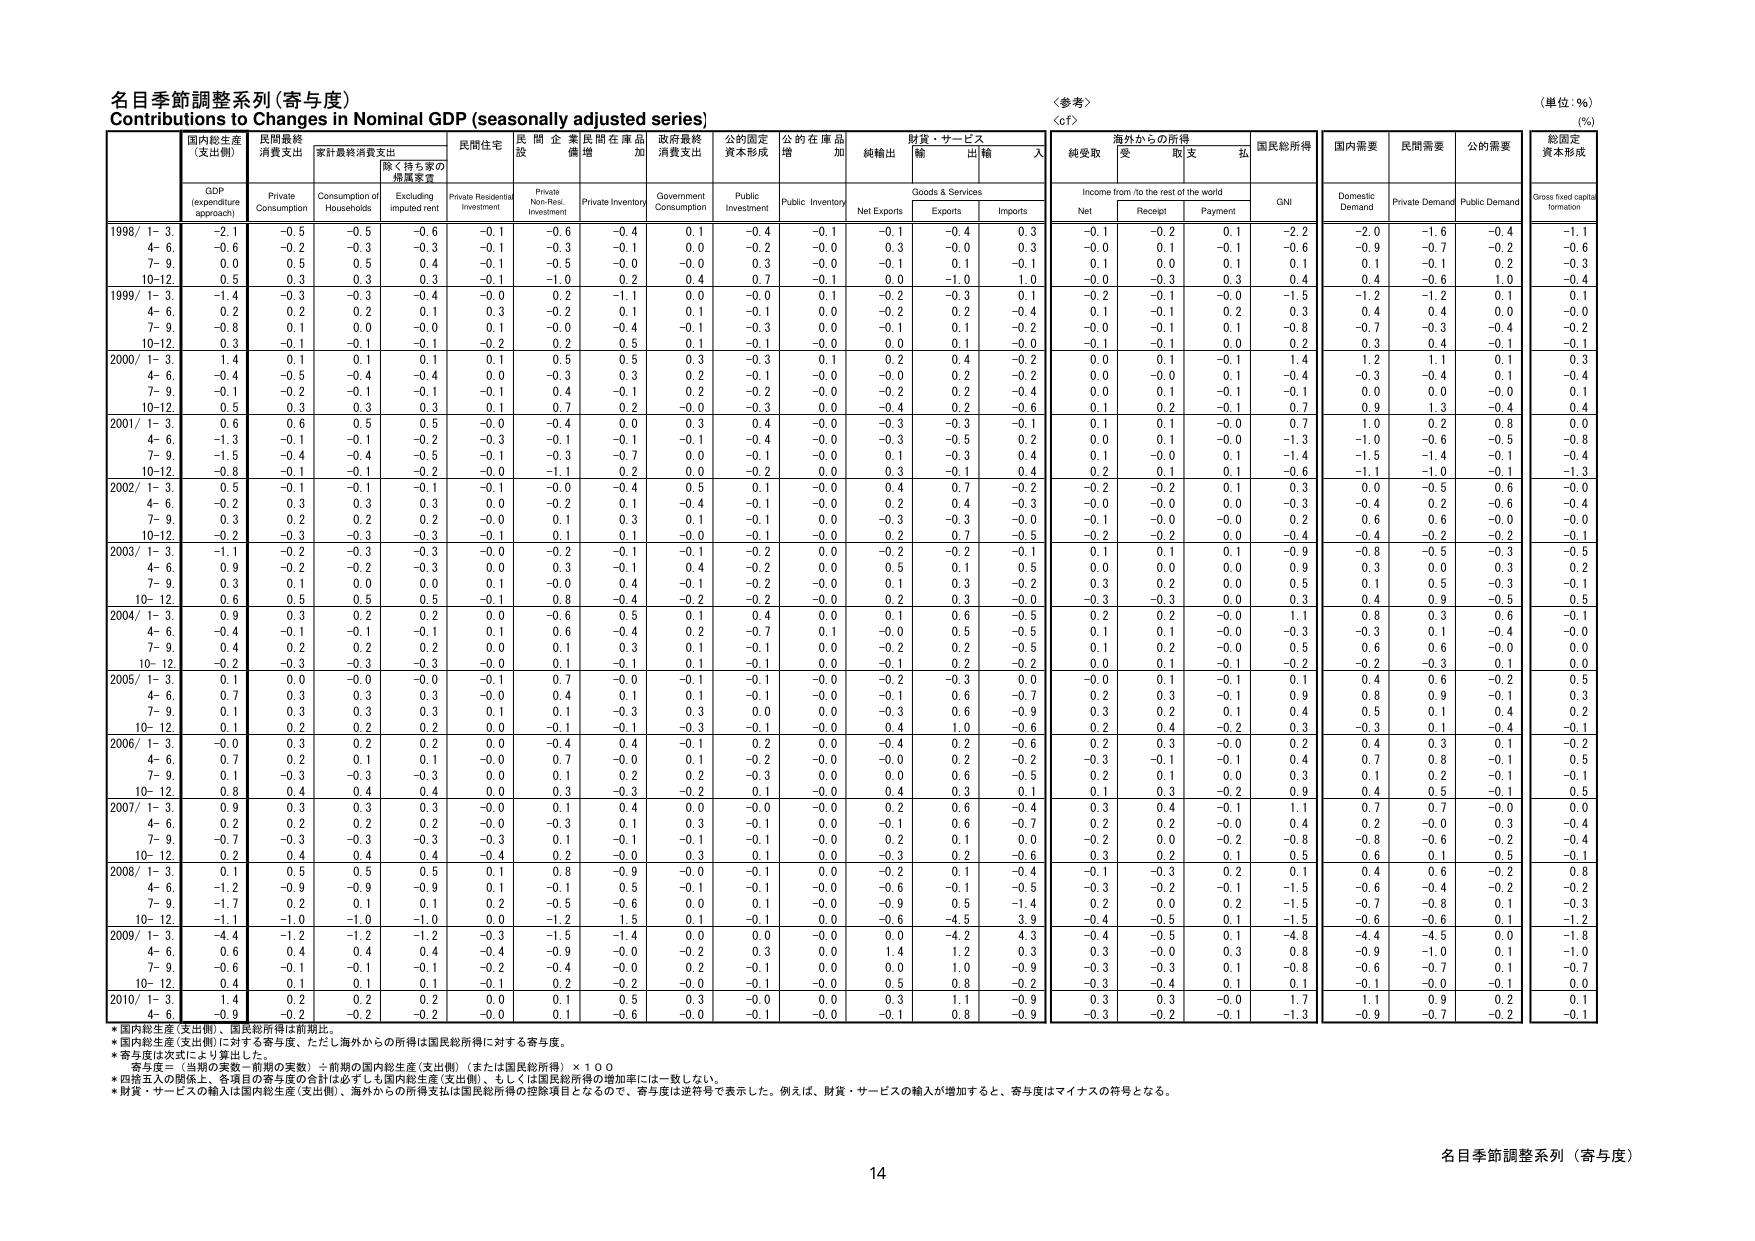
名目季節調整系列（寄与度）
Contributions to Changes in Nominal GDP (seasonally adjusted series)
〈参考〉
〈cf〉
（単位：%）
(%)

国内総生産
(支出側)
民間最終
消費支出
家計最終消費支出
民間住宅
民間企業
設備増
民間在庫品
増加
政府最終
消費支出
公的固定
資本形成
公的在庫品
増加
純輸出
財貨・サービス
輸出
輸入
純受取
海外からの所得
受取
支払
国民総所得
国内需要
民間需要
公的需要
総固定
資本形成

GDP
(expenditure
approach)
Private
Consumption
Consumption of
Households
Excluding
imputed rent
Private Residential
Investment
Private Non-Res.
Investment
Private Inventory
Government
Consumption
Public
Investment
Public Inventory
Net Exports
Goods & Services
Exports
Imports
Income from /to the rest of the world
Net
Receipt
Payment
GNI
Domestic
Demand
Private Demand
Public Demand
Gross fixed capital
formation

1998/ 1- 3.
-2.1
-0.5
-0.5
-0.6
-0.1
-0.6
-0.4
0.1
-0.4
-0.1
-0.1
-0.4
0.3
-0.1
-0.2
0.1
-2.2
-2.0
-1.6
-0.4
-1.1
4- 6.
-0.6
-0.2
-0.3
-0.3
-0.1
-0.3
-0.1
0.0
-0.2
-0.0
0.3
-0.0
0.3
-0.0
0.1
-0.1
-0.6
-0.9
-0.7
-0.2
-0.6
7- 9.
0.0
0.5
0.5
0.4
-0.1
-0.5
-0.0
-0.0
0.3
-0.0
-0.1
0.1
-0.1
0.1
0.0
0.1
0.1
0.1
-0.1
0.2
-0.3
10-12.
0.5
0.3
0.3
0.3
-0.1
-1.0
0.2
0.4
0.7
-0.1
0.0
-1.0
1.0
-0.0
-0.3
0.3
0.4
0.4
-0.6
1.0
-0.4

1999/ 1- 3.
-1.4
-0.3
-0.3
-0.4
-0.0
0.2
-1.1
0.0
-0.0
0.1
-0.2
-0.3
0.1
-0.2
-0.1
-0.0
-1.5
-1.2
-1.2
0.1
0.1
4- 6.
0.2
0.2
0.2
0.1
0.3
-0.2
0.1
0.1
-0.1
0.0
-0.2
0.2
-0.4
0.1
-0.1
0.2
0.3
0.4
0.4
0.0
-0.0
7- 9.
-0.8
0.1
0.0
-0.0
0.1
-0.0
-0.4
-0.1
-0.3
0.0
-0.1
0.1
-0.2
-0.0
-0.1
0.1
-0.8
-0.7
-0.3
-0.4
-0.2
10-12.
0.3
-0.1
-0.1
-0.1
-0.2
0.2
0.5
0.1
-0.1
-0.0
0.0
0.1
-0.0
-0.1
-0.1
0.0
0.2
0.3
0.4
-0.1
-0.1

2000/ 1- 3.
1.4
0.1
0.1
0.1
0.1
0.5
0.5
0.3
-0.3
0.1
0.2
0.4
-0.2
0.0
0.1
-0.1
1.4
1.2
1.1
0.1
0.3
4- 6.
-0.4
-0.5
-0.4
-0.4
0.0
-0.3
0.3
0.2
-0.1
-0.0
-0.0
0.2
-0.2
0.0
-0.0
0.1
-0.4
-0.3
-0.4
0.1
-0.4
7- 9.
-0.1
-0.2
-0.1
-0.1
-0.1
0.4
-0.1
0.2
-0.2
-0.0
-0.2
0.2
-0.4
0.0
0.1
-0.1
-0.1
0.0
0.0
-0.0
0.1
10-12.
0.5
0.3
0.3
0.3
0.1
0.7
0.2
-0.0
-0.3
0.0
-0.4
0.2
-0.6
0.1
0.2
-0.1
0.7
0.9
1.3
-0.4
0.4

2001/ 1- 3.
0.6
0.6
0.5
0.5
-0.0
-0.4
0.0
0.3
0.4
-0.0
-0.3
-0.3
-0.1
0.1
0.1
-0.0
0.7
1.0
0.2
0.8
0.0
4- 6.
-1.3
-0.1
-0.1
-0.2
-0.3
-0.1
-0.1
-0.1
-0.4
-0.0
-0.3
-0.5
0.2
0.0
0.1
-0.0
-1.3
-1.0
-0.6
-0.5
-0.8
7- 9.
-1.5
-0.4
-0.4
-0.5
-0.1
-0.3
-0.7
0.0
-0.1
-0.0
0.1
-0.3
0.4
0.1
-0.0
0.1
-1.4
-1.5
-1.4
-0.1
-0.4
10-12.
-0.8
-0.1
-0.1
-0.2
-0.0
-1.1
0.2
0.0
-0.2
0.0
0.3
-0.1
0.4
0.2
0.1
0.1
-0.6
-1.1
-1.0
-0.1
-1.3

2002/ 1- 3.
0.5
-0.1
-0.1
-0.1
-0.1
-0.0
-0.4
0.5
0.1
-0.0
0.4
0.7
-0.2
-0.2
-0.2
0.1
0.3
0.0
-0.5
0.6
-0.0
4- 6.
-0.2
0.3
0.3
0.3
0.0
-0.2
0.1
-0.4
-0.1
-0.0
0.2
0.4
-0.3
-0.0
-0.0
0.0
-0.3
-0.4
0.2
-0.6
-0.4
7- 9.
0.3
0.2
0.2
0.2
-0.0
0.1
0.3
0.1
-0.1
0.0
-0.3
-0.3
-0.0
-0.1
-0.0
-0.0
0.2
0.6
0.6
-0.0
-0.0
10-12.
-0.2
-0.3
-0.3
-0.3
-0.1
0.1
0.1
-0.0
-0.1
-0.0
0.2
0.7
-0.5
-0.2
-0.2
0.0
-0.4
-0.4
-0.2
-0.2
-0.1

2003/ 1- 3.
-1.1
-0.2
-0.3
-0.3
-0.0
-0.2
-0.1
-0.1
-0.2
0.0
-0.2
-0.2
-0.1
0.1
0.1
0.1
-0.9
-0.8
-0.5
-0.3
-0.5
4- 6.
0.9
-0.2
-0.2
-0.3
0.0
0.3
-0.1
0.4
-0.2
0.0
0.5
0.1
0.5
0.0
0.0
0.0
0.9
0.3
0.0
0.3
0.2
7- 9.
0.3
0.1
0.0
0.0
0.1
-0.0
0.4
-0.1
-0.2
-0.0
0.1
0.3
-0.2
0.3
0.2
0.0
0.5
0.1
0.5
-0.3
-0.1
10- 12.
0.6
0.5
0.5
0.5
-0.1
0.8
-0.4
-0.2
-0.2
-0.0
0.2
0.3
-0.0
-0.3
-0.3
0.0
0.3
0.4
0.9
-0.5
0.5

2004/ 1- 3.
0.9
0.3
0.2
0.2
0.0
-0.6
0.5
0.1
0.4
0.0
0.1
0.6
-0.5
0.2
0.2
-0.0
1.1
0.8
0.3
0.6
-0.1
4- 6.
-0.4
-0.1
-0.1
-0.1
0.1
0.6
-0.4
0.2
-0.7
0.1
-0.0
0.5
-0.5
0.1
0.1
-0.0
-0.3
-0.3
0.1
-0.4
-0.0
7- 9.
0.4
0.2
0.2
0.2
0.0
0.1
0.3
0.1
-0.1
0.0
-0.2
0.2
-0.5
0.1
0.2
-0.0
0.5
0.6
0.6
-0.0
0.0
10- 12.
-0.2
-0.3
-0.3
-0.3
-0.0
0.1
-0.1
0.1
-0.1
0.0
-0.1
0.2
-0.2
0.0
0.1
-0.1
-0.2
-0.2
-0.3
0.1
0.0

2005/ 1- 3.
0.1
0.0
-0.0
-0.0
-0.1
0.7
-0.0
-0.1
-0.1
-0.0
-0.2
-0.3
0.0
-0.0
0.1
-0.1
0.1
0.4
0.6
-0.2
0.5
4- 6.
0.7
0.3
0.3
0.3
-0.0
0.4
0.1
0.1
-0.1
-0.0
-0.1
0.6
-0.7
0.2
0.3
-0.1
0.9
0.8
0.9
-0.1
0.3
7- 9.
0.1
0.3
0.3
0.3
0.1
0.1
-0.3
0.3
0.0
0.0
-0.3
0.6
-0.9
0.3
0.2
0.1
0.4
0.5
0.1
0.4
0.2
10- 12.
0.1
0.2
0.2
0.2
0.0
-0.1
-0.1
-0.3
-0.1
-0.0
0.4
1.0
-0.6
0.2
0.4
-0.2
0.3
-0.3
0.1
-0.4
-0.1

2006/ 1- 3.
-0.0
0.3
0.2
0.2
0.0
-0.4
0.4
-0.1
0.2
0.0
-0.4
0.2
-0.6
0.2
0.3
-0.0
0.2
0.4
0.3
0.1
-0.2
4- 6.
0.7
0.2
0.1
0.1
-0.0
0.7
-0.0
0.1
-0.2
-0.0
-0.0
0.2
-0.2
-0.3
-0.1
-0.1
0.4
0.7
0.8
-0.1
0.5
7- 9.
0.1
-0.3
-0.3
-0.3
0.0
0.1
0.2
0.2
-0.3
0.0
0.0
0.6
-0.5
0.2
0.1
0.0
0.3
0.1
0.2
-0.1
-0.1
10- 12.
0.8
0.4
0.4
0.4
0.0
0.3
-0.3
-0.2
0.1
-0.0
0.4
0.3
0.1
0.1
0.3
-0.2
0.9
0.4
0.5
-0.1
0.5

2007/ 1- 3.
0.9
0.3
0.3
0.3
-0.0
0.1
0.4
0.0
-0.0
-0.0
0.2
0.6
-0.4
0.3
0.4
-0.1
1.1
0.7
0.7
-0.0
0.0
4- 6.
0.2
0.2
0.2
0.2
-0.0
-0.3
0.1
0.3
-0.1
0.0
-0.1
0.6
-0.7
0.2
0.2
-0.0
0.4
0.2
-0.0
0.3
-0.4
7- 9.
-0.7
-0.3
-0.3
-0.3
-0.3
0.1
-0.1
-0.1
-0.1
-0.0
0.2
0.1
0.0
-0.2
0.0
-0.2
-0.8
-0.8
-0.6
-0.2
-0.4
10- 12.
0.2
0.4
0.4
0.4
-0.4
0.2
-0.0
0.3
0.1
0.0
-0.3
0.2
-0.6
0.3
0.2
0.1
0.5
0.6
0.1
0.5
-0.1

2008/ 1- 3.
0.1
0.5
0.5
0.5
0.1
0.8
-0.9
-0.0
-0.1
0.0
-0.2
0.1
-0.4
-0.1
-0.3
0.2
0.1
0.4
0.6
-0.2
0.8
4- 6.
-1.2
-0.9
-0.9
-0.9
0.1
-0.1
0.5
-0.1
-0.1
-0.0
-0.6
-0.1
-0.5
-0.3
-0.2
-0.1
-1.5
-0.6
-0.4
-0.2
-0.2
7- 9.
-1.7
0.2
0.1
0.1
0.2
-0.5
-0.6
0.0
0.1
-0.0
-0.9
0.5
-1.4
0.2
0.0
0.2
-1.5
-0.7
-0.8
0.1
-0.3
10- 12.
-1.1
-1.0
-1.0
-1.0
0.0
-1.2
1.5
0.1
-0.1
0.0
-0.6
-4.5
3.9
-0.4
-0.5
0.1
-1.5
-0.6
-0.6
0.1
-1.2

2009/ 1- 3.
-4.4
-1.2
-1.2
-1.2
-0.3
-1.5
-1.4
0.0
0.0
-0.0
0.0
-4.2
4.3
-0.4
-0.5
0.1
-4.8
-4.4
-4.5
0.0
-1.8
4- 6.
0.6
0.4
0.4
0.4
-0.4
-0.9
-0.0
-0.2
0.3
0.0
1.4
1.2
0.3
0.3
-0.0
0.3
0.8
-0.9
-1.0
0.1
-1.0
7- 9.
-0.6
-0.1
-0.1
-0.1
-0.2
-0.4
-0.0
0.2
-0.1
0.0
0.0
1.0
-0.9
-0.3
-0.3
0.1
-0.8
-0.6
-0.7
0.1
-0.7
10- 12.
0.4
0.1
0.1
0.1
-0.1
0.2
-0.2
-0.0
-0.1
-0.0
0.5
0.8
-0.2
-0.3
-0.4
0.1
0.1
-0.1
-0.0
-0.1
0.0

2010/ 1- 3.
1.4
0.2
0.2
0.2
0.0
0.1
0.5
0.3
-0.0
0.0
0.3
1.1
-0.9
0.3
0.3
-0.0
1.7
1.1
0.9
0.2
0.1
4- 6.
-0.9
-0.2
-0.2
-0.2
-0.0
0.1
-0.6
-0.0
-0.1
-0.0
-0.1
0.8
-0.9
-0.3
-0.2
-0.1
-1.3
-0.9
-0.7
-0.2
-0.1

*国内総生産（支出側）、国民総所得は前期比。
*国内総生産（支出側）に対する寄与度、ただし海外からの所得は国民総所得に対する寄与度。
*寄与度は次式により算出した。
　寄与度＝（当期の実数－前期の実数）÷前期の国内総生産（支出側）（または国民総所得）×１００
*四捨五入の関係上、各項目の寄与度の合計は必ずしも国内総生産（支出側）、もしくは国民総所得の増加率には一致しない。
*財貨・サービスの輸入は国内総生産（支出側）、海外からの所得支払は国民総所得の控除項目となるので、寄与度は逆符号で表示した。例えば、財貨・サービスの輸入が増加すると、寄与度はマイナスの符号となる。

14
名目季節調整系列（寄与度）